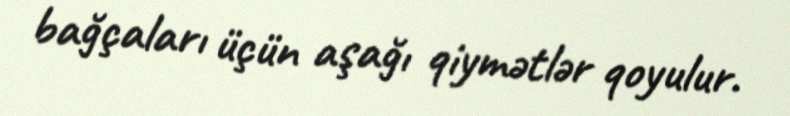
bağçaları üçün aşağı qiymətlər qoyulur.